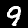
Label: 9